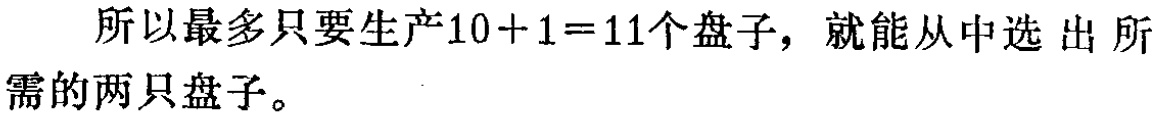
所以最多只要生产\(10 + 1 = 11\)个盘子，就能从中选 出 所需的两只盘子。